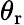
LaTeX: \theta_{\mathrm{r}}